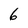
Character: 6